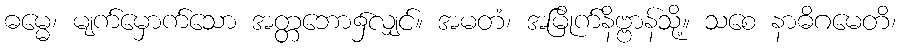
ဓမ္မေ၊ မျက်မှောက်သော အတ္တဘော၌လျှင်။ အမတံ၊ အမြိုက်နိဗ္ဗာန်သို့။ သစေ နာဓိဂမေတိ၊